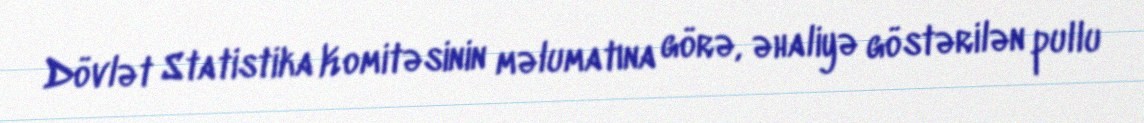
Dövlət Statistika Komitəsinin məlumatına görə, əhaliyə göstərilən pullu